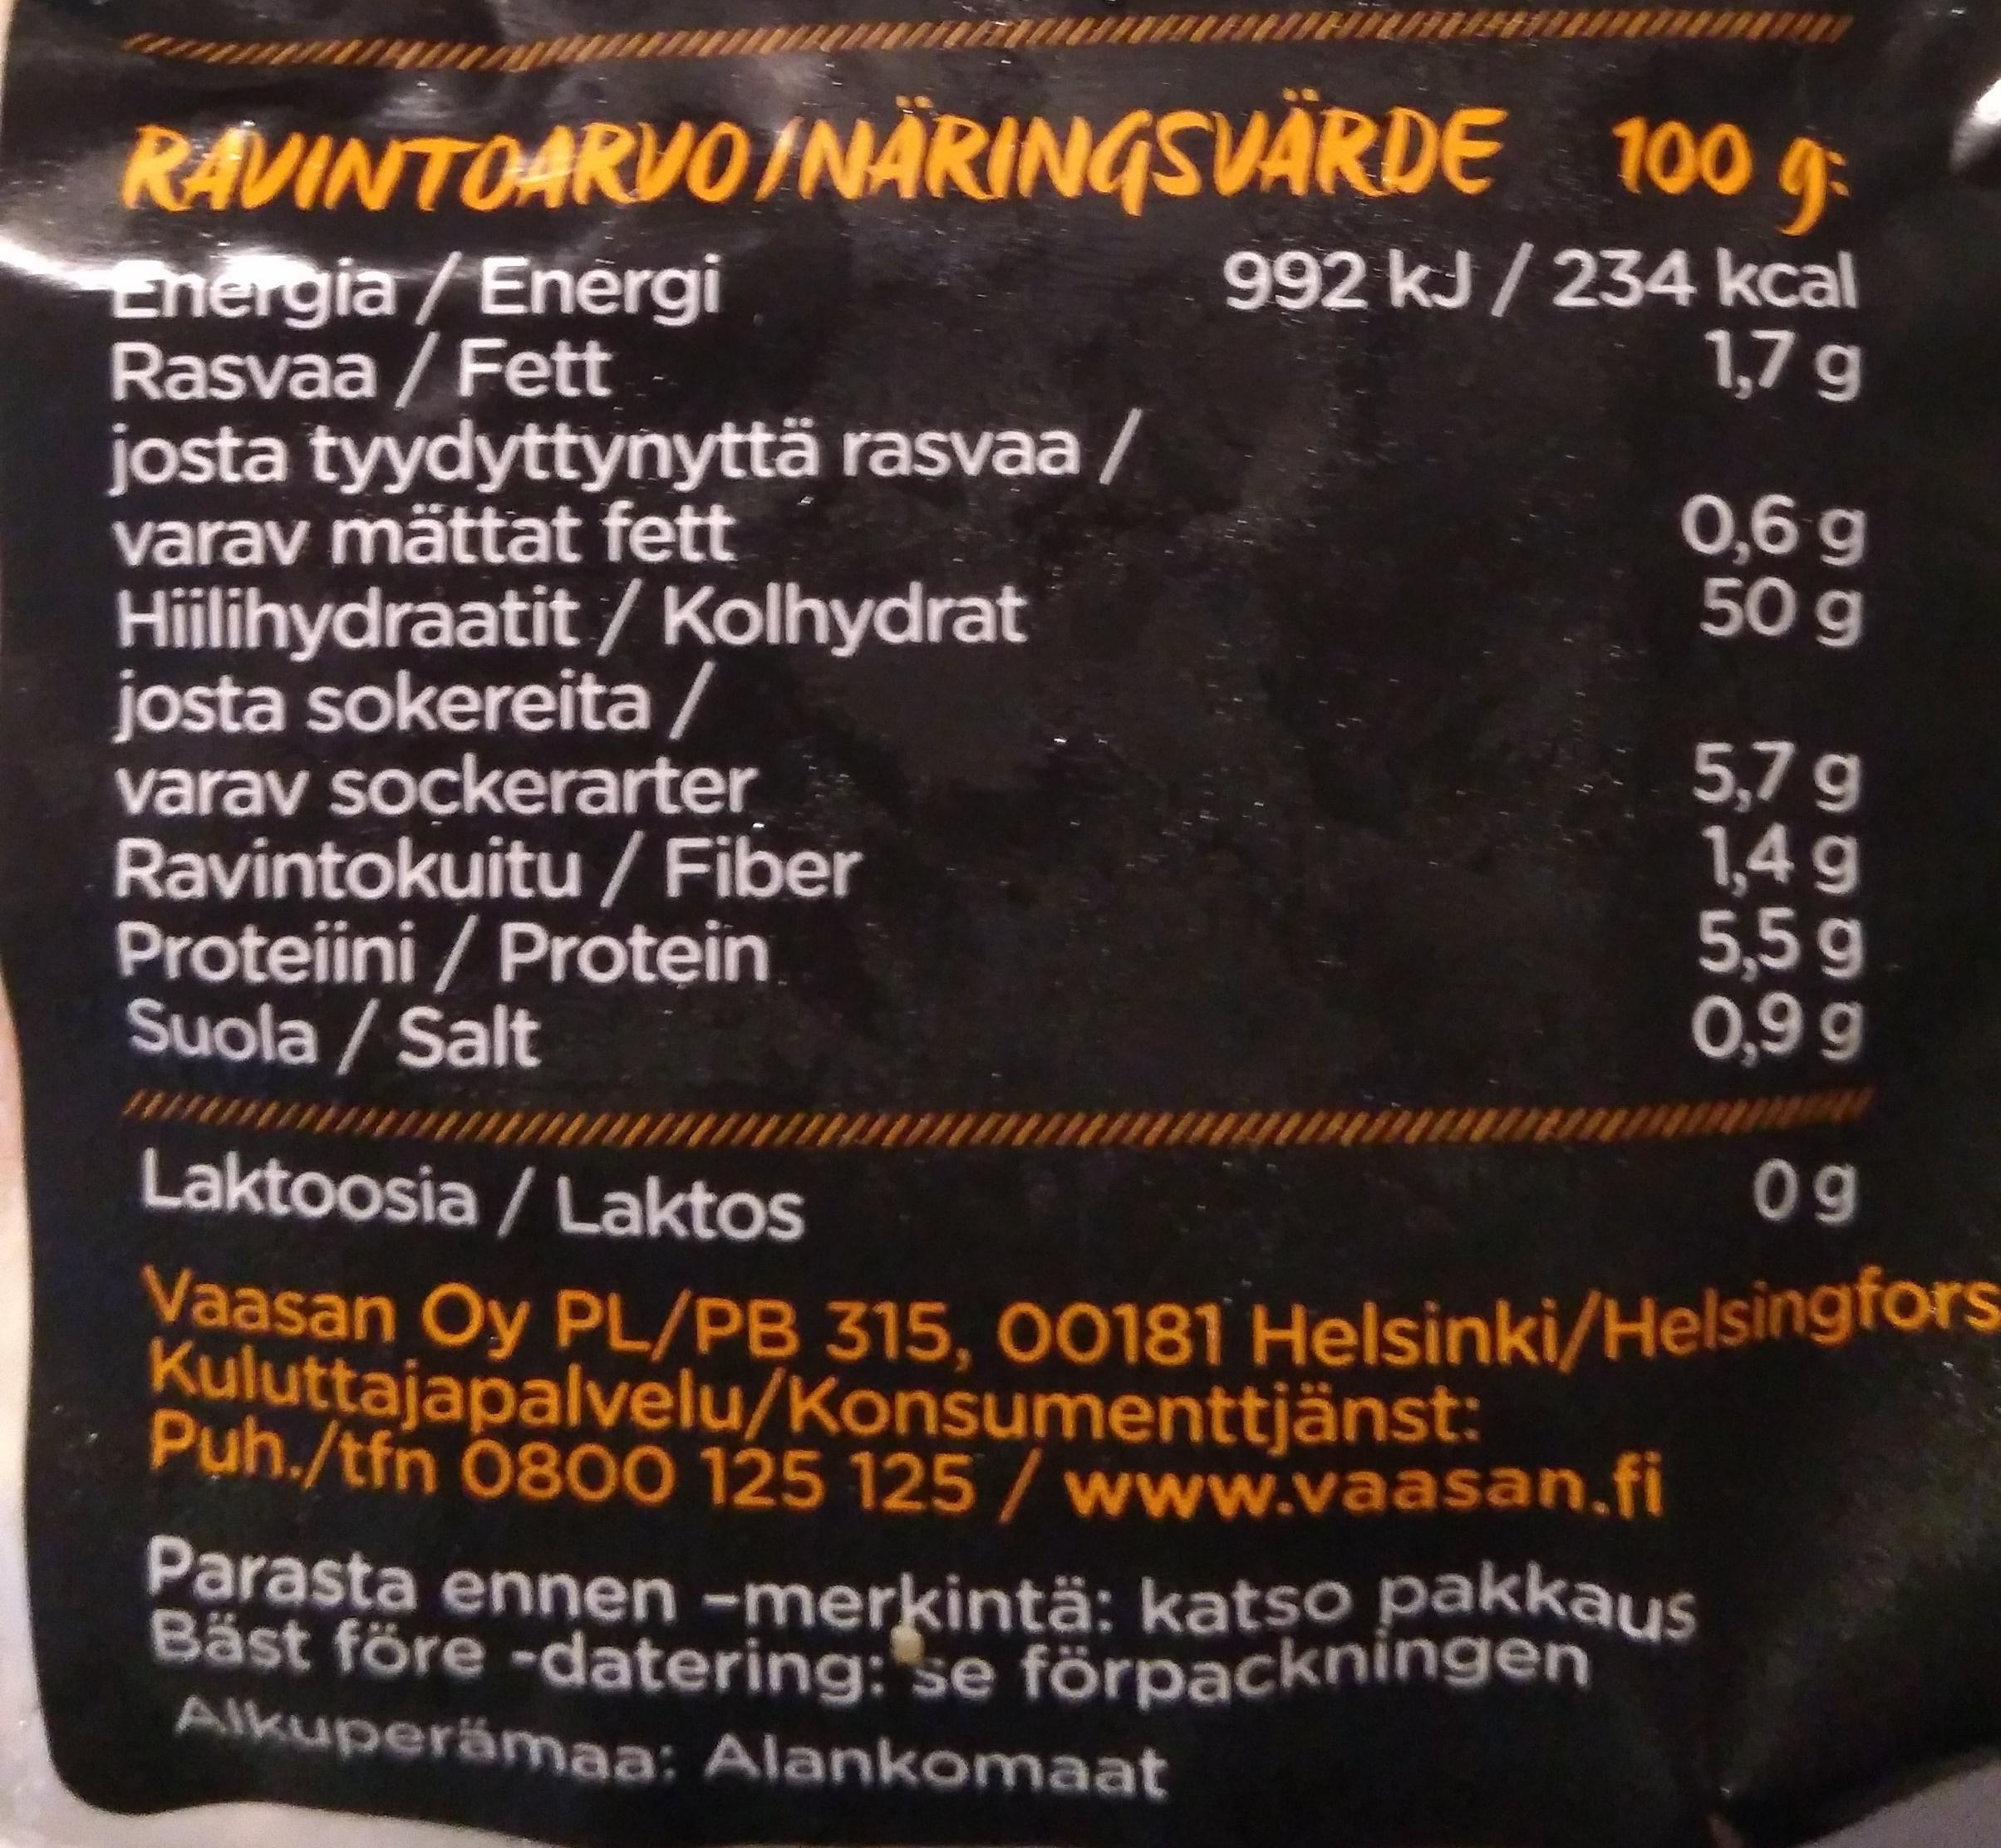
RAVINTOARVOINÄRINGSVÄRDE 100 g: 992kJ/234 kcal 1,7 g
Energia /Energi Rasvaa / Fett josta tyydyttynyttä rasvaa / varav mättat fett Hiilihydraatit / Kolhydrat josta sokereita / varav sockerarter Ravintokuitu/ Fiber Proteiini / Protein Suola / Salt
0,6 g 50 g
5,7 g 1,4 g 5,5g 0,9 g
unim
Laktoosia / Laktos
09
Vaasan Oy PL/PB 315, 00181 Helsinki/Helsingfors Kuluttajapalvelu/Konsumenttjänst: Puh./tfn 0800 125 125 / www.vaasan.fi
Parasta ennen -merkintä: katso pakkaus Bäst före -datering: se förpackningen Alkuperämaa: Alankomaat